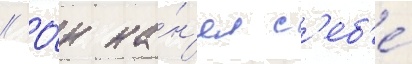
// О́н на́н'ял с'еб'е́